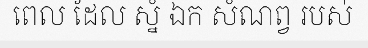
ពេល ដែល ស្នំ ឯក សំណព្វ របស់